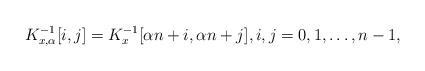
LaTeX: \begin{align*}K^{-1}_{x,\alpha}[i, j] = K^{-1}_x[\alpha n + i, \alpha n + j], i,j=0,1,\ldots,n-1,\end{align*}